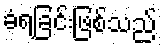
ခံရခြင်းဖြစ်သည်